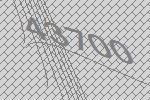
43700